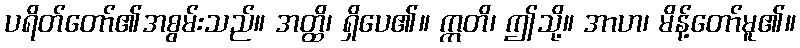
ပရိတ်တော်၏အစွမ်းသည်။ အတ္ထိ၊ ရှိပေ၏။ ဣတိ၊ ဤသို့။ အာဟ၊ မိန့်တော်မူ၏။